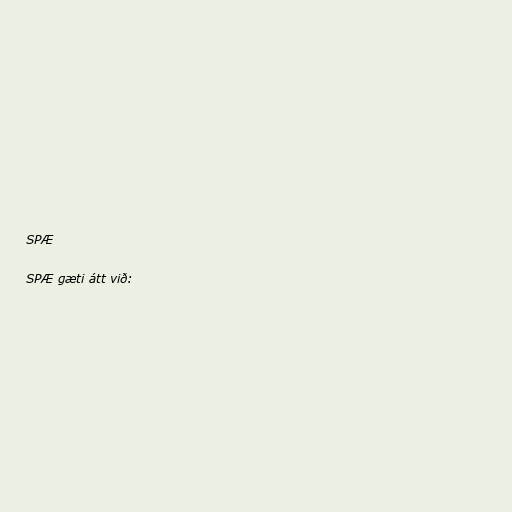
SPÆ

SPÆ gæti átt við: